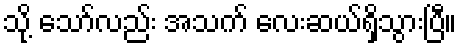
သို့ သော်လည်း အသက် လေးဆယ်ရှိသွားပြီ။